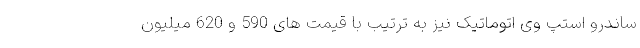
ساندرو استپ وی اتوماتیک نیز به ترتیب با قیمت های 590 و 620 میلیون